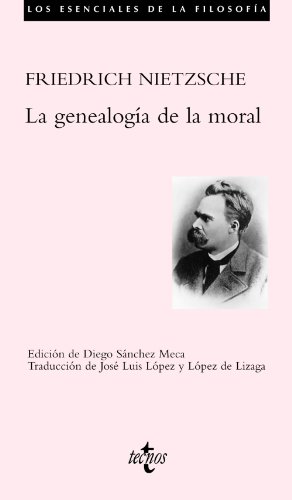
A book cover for La genealogia de la moral (Filosofia) (Spanish Edition); Friedrich Nietzsche; Politics & Social Sciences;